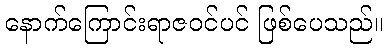
နောက်ကြောင်းရာဇဝင်ပင် ဖြစ်ပေသည်။